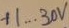
Text: +1...30V